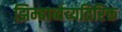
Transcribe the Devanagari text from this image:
झिम्बाब्वेव्यतिरिक्त